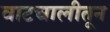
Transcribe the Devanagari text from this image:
वाटचालीतून